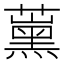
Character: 𱾶